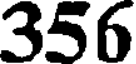
356